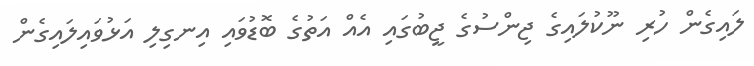
ލައިގެން ހުރި ނޫކުލައިގެ ޖިންސުގެ ޖީބުގައި އެއް އަތުގެ ބޮޑުވައި އިނގިލި އަޅުވައިލައިގެން